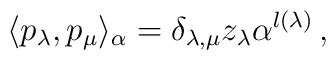
\langle p_{\lambda}, p_{\mu} \rangle_\alpha    = \delta_{\lambda,\mu} z_{\lambda}\alpha^{l(\lambda)}\, ,